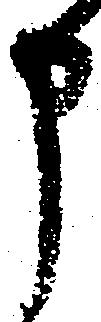
申